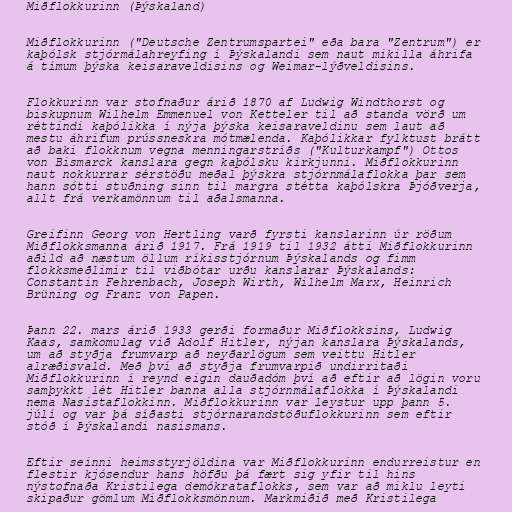
Miðflokkurinn (Þýskaland)

Miðflokkurinn ("Deutsche Zentrumspartei" eða bara "Zentrum") er
kaþólsk stjórmálahreyfing í Þýskalandi sem naut mikilla áhrifa
á tímum þýska keisaraveldisins og Weimar-lýðveldisins.

Flokkurinn var stofnaður árið 1870 af Ludwig Windthorst og
biskupnum Wilhelm Emmenuel von Ketteler til að standa vörð um
réttindi kaþólikka í nýja þýska keisaraveldinu sem laut að
mestu áhrifum prússneskra mótmælenda. Kaþólikkar fylktust brátt
að baki flokknum vegna menningarstríðs ("Kulturkampf") Ottos
von Bismarck kanslara gegn kaþólsku kirkjunni. Miðflokkurinn
naut nokkurrar sérstöðu meðal þýskra stjórnmálaflokka þar sem
hann sótti stuðning sinn til margra stétta kaþólskra Þjóðverja,
allt frá verkamönnum til aðalsmanna.

Greifinn Georg von Hertling varð fyrsti kanslarinn úr röðum
Miðflokksmanna árið 1917. Frá 1919 til 1932 átti Miðflokkurinn
aðild að næstum öllum ríkisstjórnum Þýskalands og fimm
flokksmeðlimir til viðbótar urðu kanslarar Þýskalands:
Constantin Fehrenbach, Joseph Wirth, Wilhelm Marx, Heinrich
Brüning og Franz von Papen.

Þann 22. mars árið 1933 gerði formaður Miðflokksins, Ludwig
Kaas, samkomulag við Adolf Hitler, nýjan kanslara Þýskalands,
um að styðja frumvarp að neyðarlögum sem veittu Hitler
alræðisvald. Með því að styðja frumvarpið undirritaði
Miðflokkurinn í reynd eigin dauðadóm því að eftir að lögin voru
samþykkt lét Hitler banna alla stjórnmálaflokka í Þýskalandi
nema Nasistaflokkinn. Miðflokkurinn var leystur upp þann 5.
júlí og var þá síðasti stjórnarandstöðuflokkurinn sem eftir
stóð í Þýskalandi nasismans.

Eftir seinni heimsstyrjöldina var Miðflokkurinn endurreistur en
flestir kjósendur hans höfðu þá fært sig yfir til hins
nýstofnaða Kristilega demókrataflokks, sem var að miklu leyti
skipaður gömlum Miðflokksmönnum. Markmiðið með Kristilega